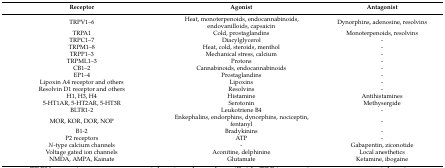
<table><thead><tr><td><b>Receptor</b></td><td><b>Agonist</b></td><td><b>Antagonist</b></td></tr></thead><tbody><tr><td>TRPV1–6</td><td>Heat, monoterpenoids, endocannabinoids, endovanilloids, capsaicin</td><td>Dynorphins, adenosine, resolvins</td></tr><tr><td>TRPA1</td><td>Cold, prostaglandins</td><td>Monoterpenoids, resolvins</td></tr><tr><td>TRPC1–7</td><td>Diacylglycerol</td><td>-</td></tr><tr><td>TRPM1–8</td><td>Heat, cold, steroids, menthol</td><td>-</td></tr><tr><td>TRPP1–3</td><td>Mechanical stress, calcium</td><td>-</td></tr><tr><td>TRPML1–3</td><td>Protons</td><td>-</td></tr><tr><td>CB1–2</td><td>Cannabinoids, endocannabinoids</td><td>-</td></tr><tr><td>EP1–4</td><td>Prostaglandins</td><td>-</td></tr><tr><td>Lipoxin A4 receptor and others</td><td>Lipoxins</td><td>-</td></tr><tr><td>Resolvin D1 receptor and others</td><td>Resolvins</td><td>-</td></tr><tr><td>H1, H3, H4</td><td>Histamine</td><td>Antihistamines</td></tr><tr><td>5-HT1AR, 5-HT2AR, 5-HT3R</td><td>Serotonin</td><td>Methysergide</td></tr><tr><td>BLTR1-2</td><td>Leukotriene B4</td><td>-</td></tr><tr><td>MOR, KOR, DOR, NOP</td><td>Enkephalins, endorphins, dynorphins, nociceptin, fentanyl</td><td>-</td></tr><tr><td>B1-2</td><td>Bradykinins</td><td>-</td></tr><tr><td>P2 receptors</td><td>ATP</td><td>-</td></tr><tr><td><i>N</i>-type calcium channels</td><td>-</td><td>Gabapentin, ziconotide</td></tr><tr><td>Voltage gated ion channels</td><td>Aconitine, delphinine</td><td>Local anesthetics</td></tr><tr><td>NMDA, AMPA, Kainate</td><td>Glutamate</td><td>Ketamine, ibogaine</td></tr></tbody></table>